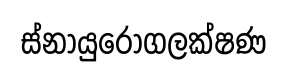
ස්නායුරෝගලක්ෂණ